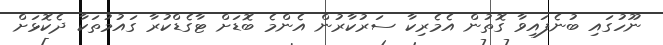
ނޫހުގައި ބުނެފައިވާ ގޮތުން އެމެރިކާ ސަރުކާރުން އެންމެ ބޮޑަށް ޓާގެޑްކުރާ ގައުމުތަކާ ދެކޮޅަށް